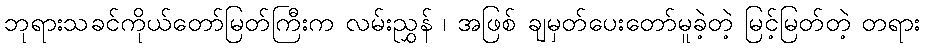
ဘုရားသခင်ကိုယ်တော်မြတ်ကြီးက လမ်းညွှန် ၊ အဖြစ် ချမှတ်ပေးတော်မူခဲ့တဲ့ မြင့်မြတ်တဲ့ တရား